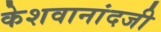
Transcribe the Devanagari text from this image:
केशवानांदजी